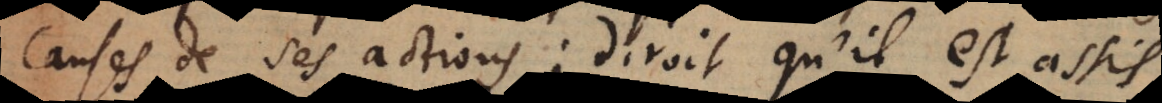
causes de ses actions, diroit qu’il est est